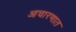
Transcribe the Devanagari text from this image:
आचारणात